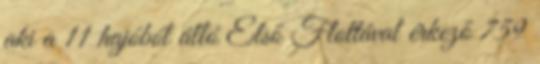
aki a 11 hajóból álló Első Flottával érkező 759